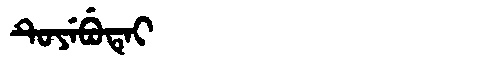
Manchu: ᡨᡠᠶᡝᠪᡠᡨᡝᡳ
Romanization: TUYEBUTEI